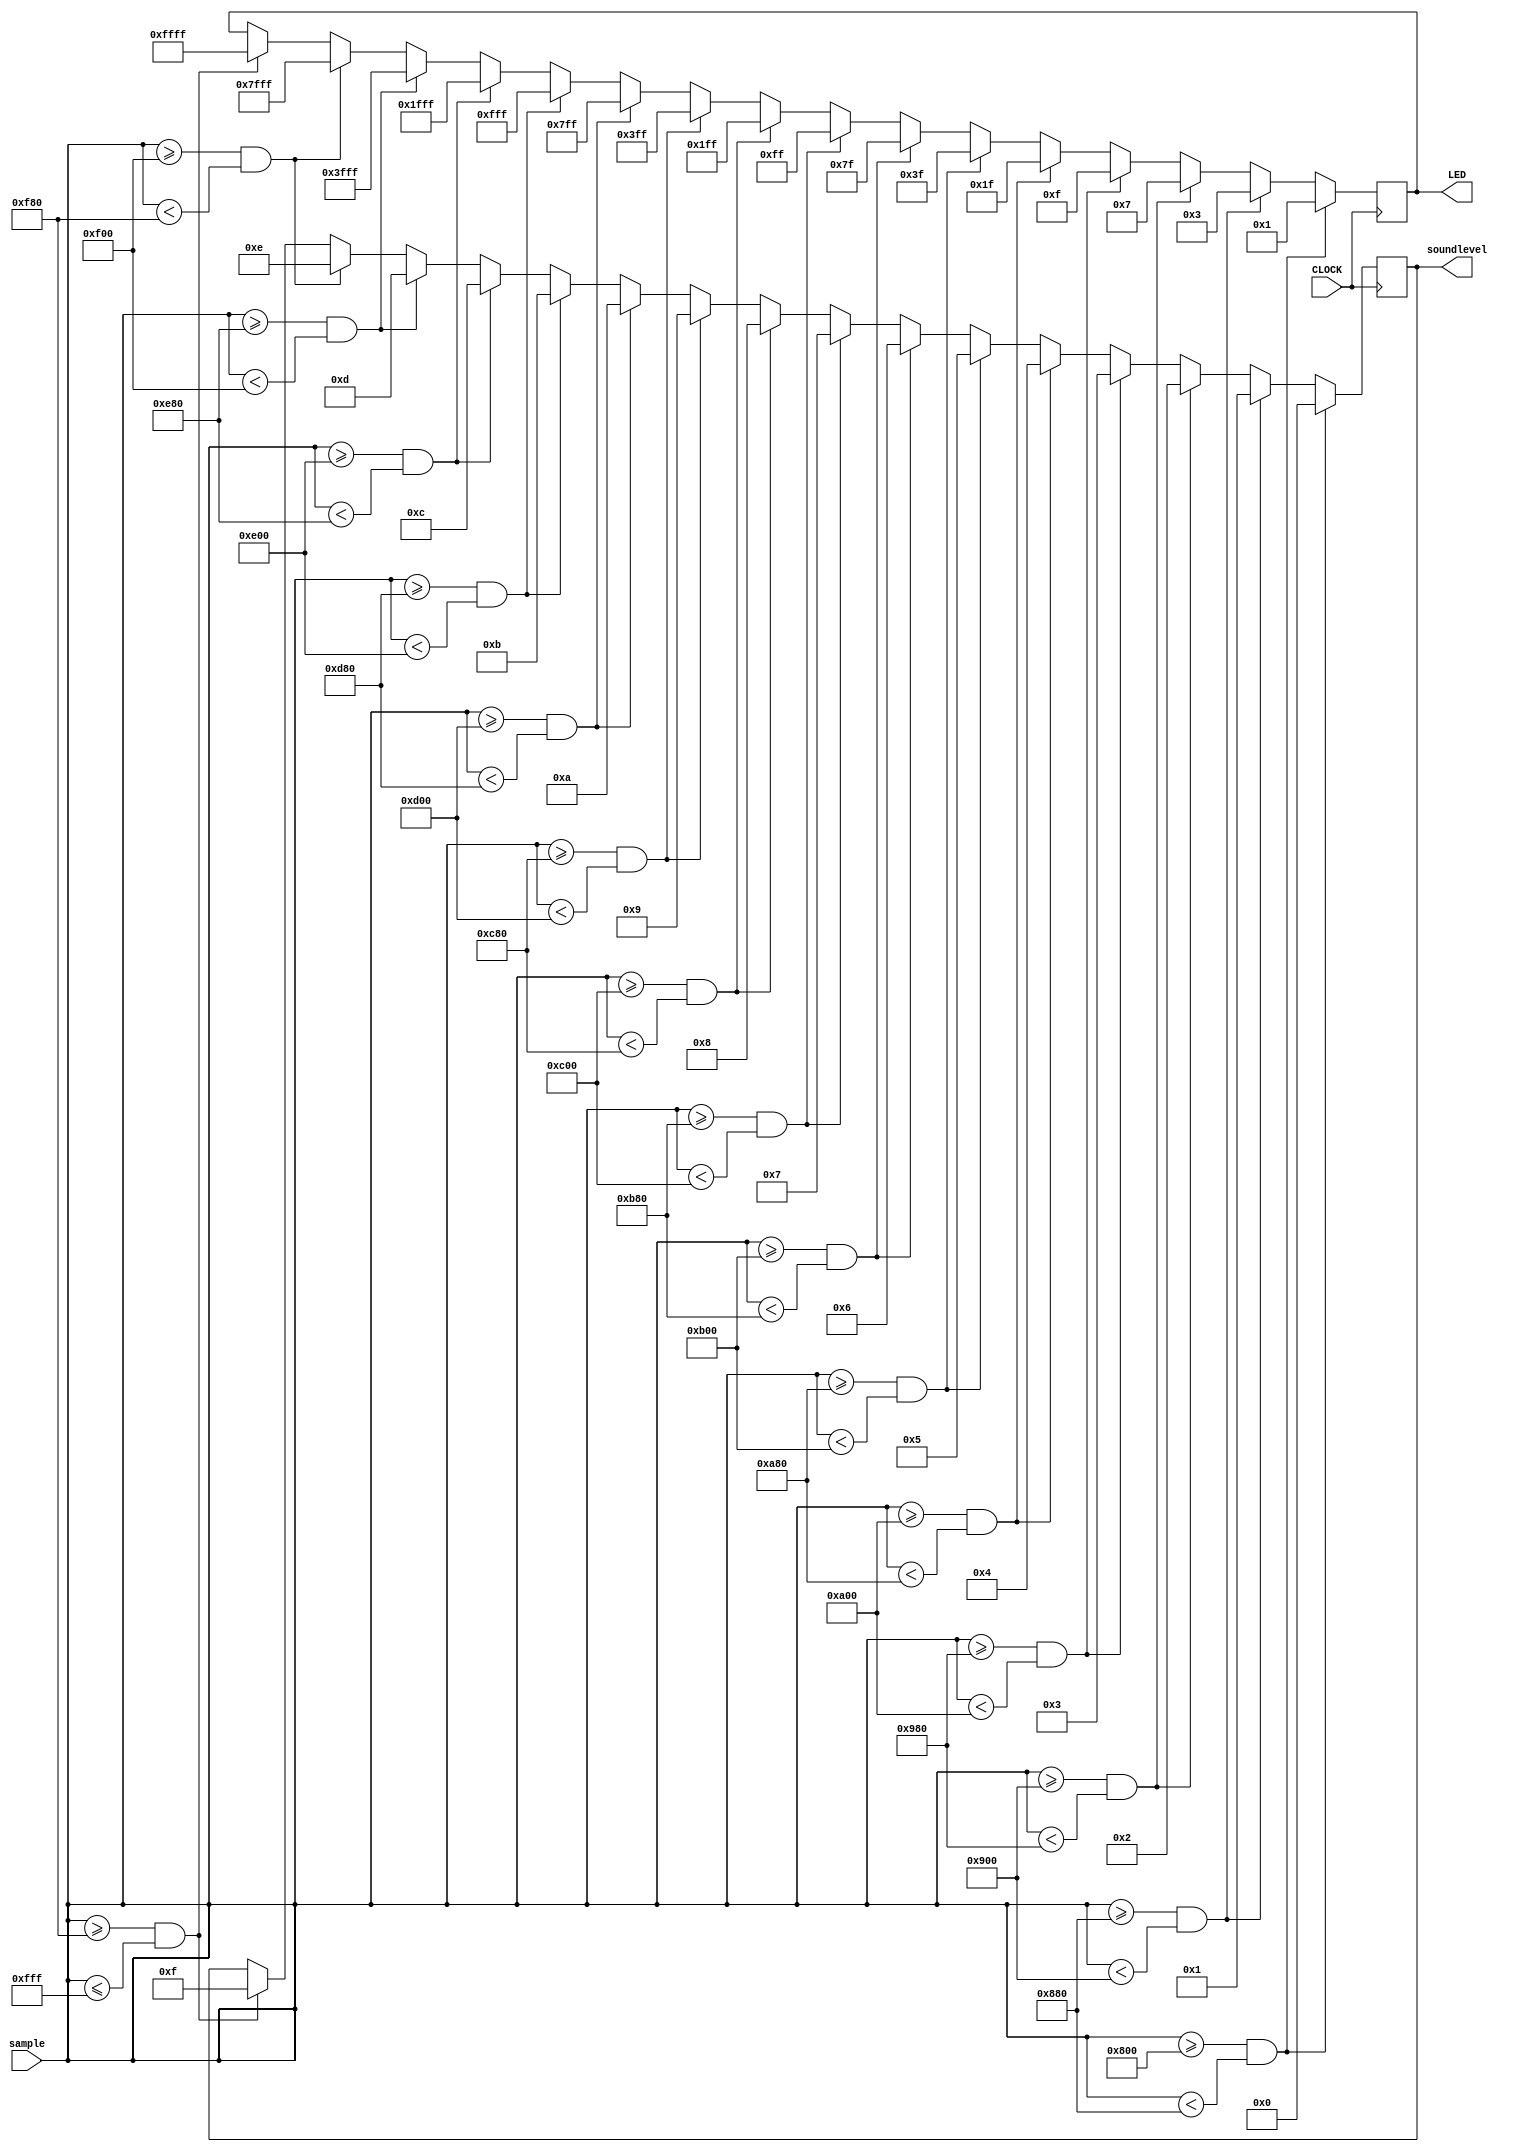
`timescale 1ns / 1ps
//////////////////////////////////////////////////////////////////////////////////
// Company: 
// Engineer: 
// 
// Design Name: 
// Module Name: task4a
// Project Name: 
// Target Devices: 
// Tool Versions: 
// Description: 
// 
// Dependencies: 
// 
// Revision:
// Revision 0.01 - File Created
// Additional Comments:
// 
//////////////////////////////////////////////////////////////////////////////////


module task4a(input CLOCK,input [11:0]sample,output reg [3:0]soundlevel=4'd0,output reg [15:0]LED

    );
    
    
    
    always @(posedge CLOCK)begin
        if((sample>=12'd2048)&&(sample<12'd2176))begin
            LED<=16'd1;
            soundlevel<=4'd0;
        end else if((sample>=12'd2176)&&(sample<12'd2304))begin
            LED<=16'd3;
            soundlevel<=4'd1;
        end else if((sample>=12'd2304)&&(sample<12'd2432))begin
            LED<=16'd7;
            soundlevel<=4'd2;
        end else if((sample>=12'd2432)&&(sample<12'd2560))begin
            LED<=16'd15;
            soundlevel<=4'd3;       
        end else if((sample>=12'd2560)&&(sample<12'd2688))begin
            LED<=16'd31;
            soundlevel<=4'd4;
        end else if((sample>=12'd2688)&&(sample<12'd2816))begin
            LED<=16'd63;
            soundlevel<=4'd5;
        end else if((sample>=12'd2816)&&(sample<12'd2944))begin
            LED<=16'd127;
            soundlevel<=4'd6;        
        end else if((sample>=12'd2944)&&(sample<12'd3072))begin
            LED<=16'd255;
            soundlevel<=4'd7;            
        end else if((sample>=12'd3072)&&(sample<12'd3200))begin
            LED<=16'd511;
            soundlevel<=4'd8;
        end else if((sample>=12'd3200)&&(sample<12'd3328))begin
            LED<=16'd1023;
            soundlevel<=4'd9;
        end else if((sample>=12'd3328)&&(sample<12'd3456))begin
            LED<=16'd2047;
            soundlevel<=4'd10;
        end else if((sample>=12'd3456)&&(sample<12'd3584))begin
            LED<=16'd4095;
            soundlevel<=4'd11;
        end else if((sample>=12'd3584)&&(sample<12'd3712))begin
            LED<=16'd8191;
            soundlevel<=4'd12;
        end else if((sample>=12'd3712)&&(sample<12'd3840))begin
            LED<=16'd16383;
            soundlevel<=4'd13;
        end else if((sample>=12'd3840)&&(sample<12'd3968))begin
            LED<=16'd32767;
            soundlevel<=4'd14;
        end else if((sample>=12'd3968)&&(sample<=12'd4095))begin
            LED<=16'd65535;
            soundlevel<=4'd15;
        end
    end

endmodule